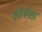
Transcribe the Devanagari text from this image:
कॉमप्रेसर